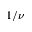
1 / \nu